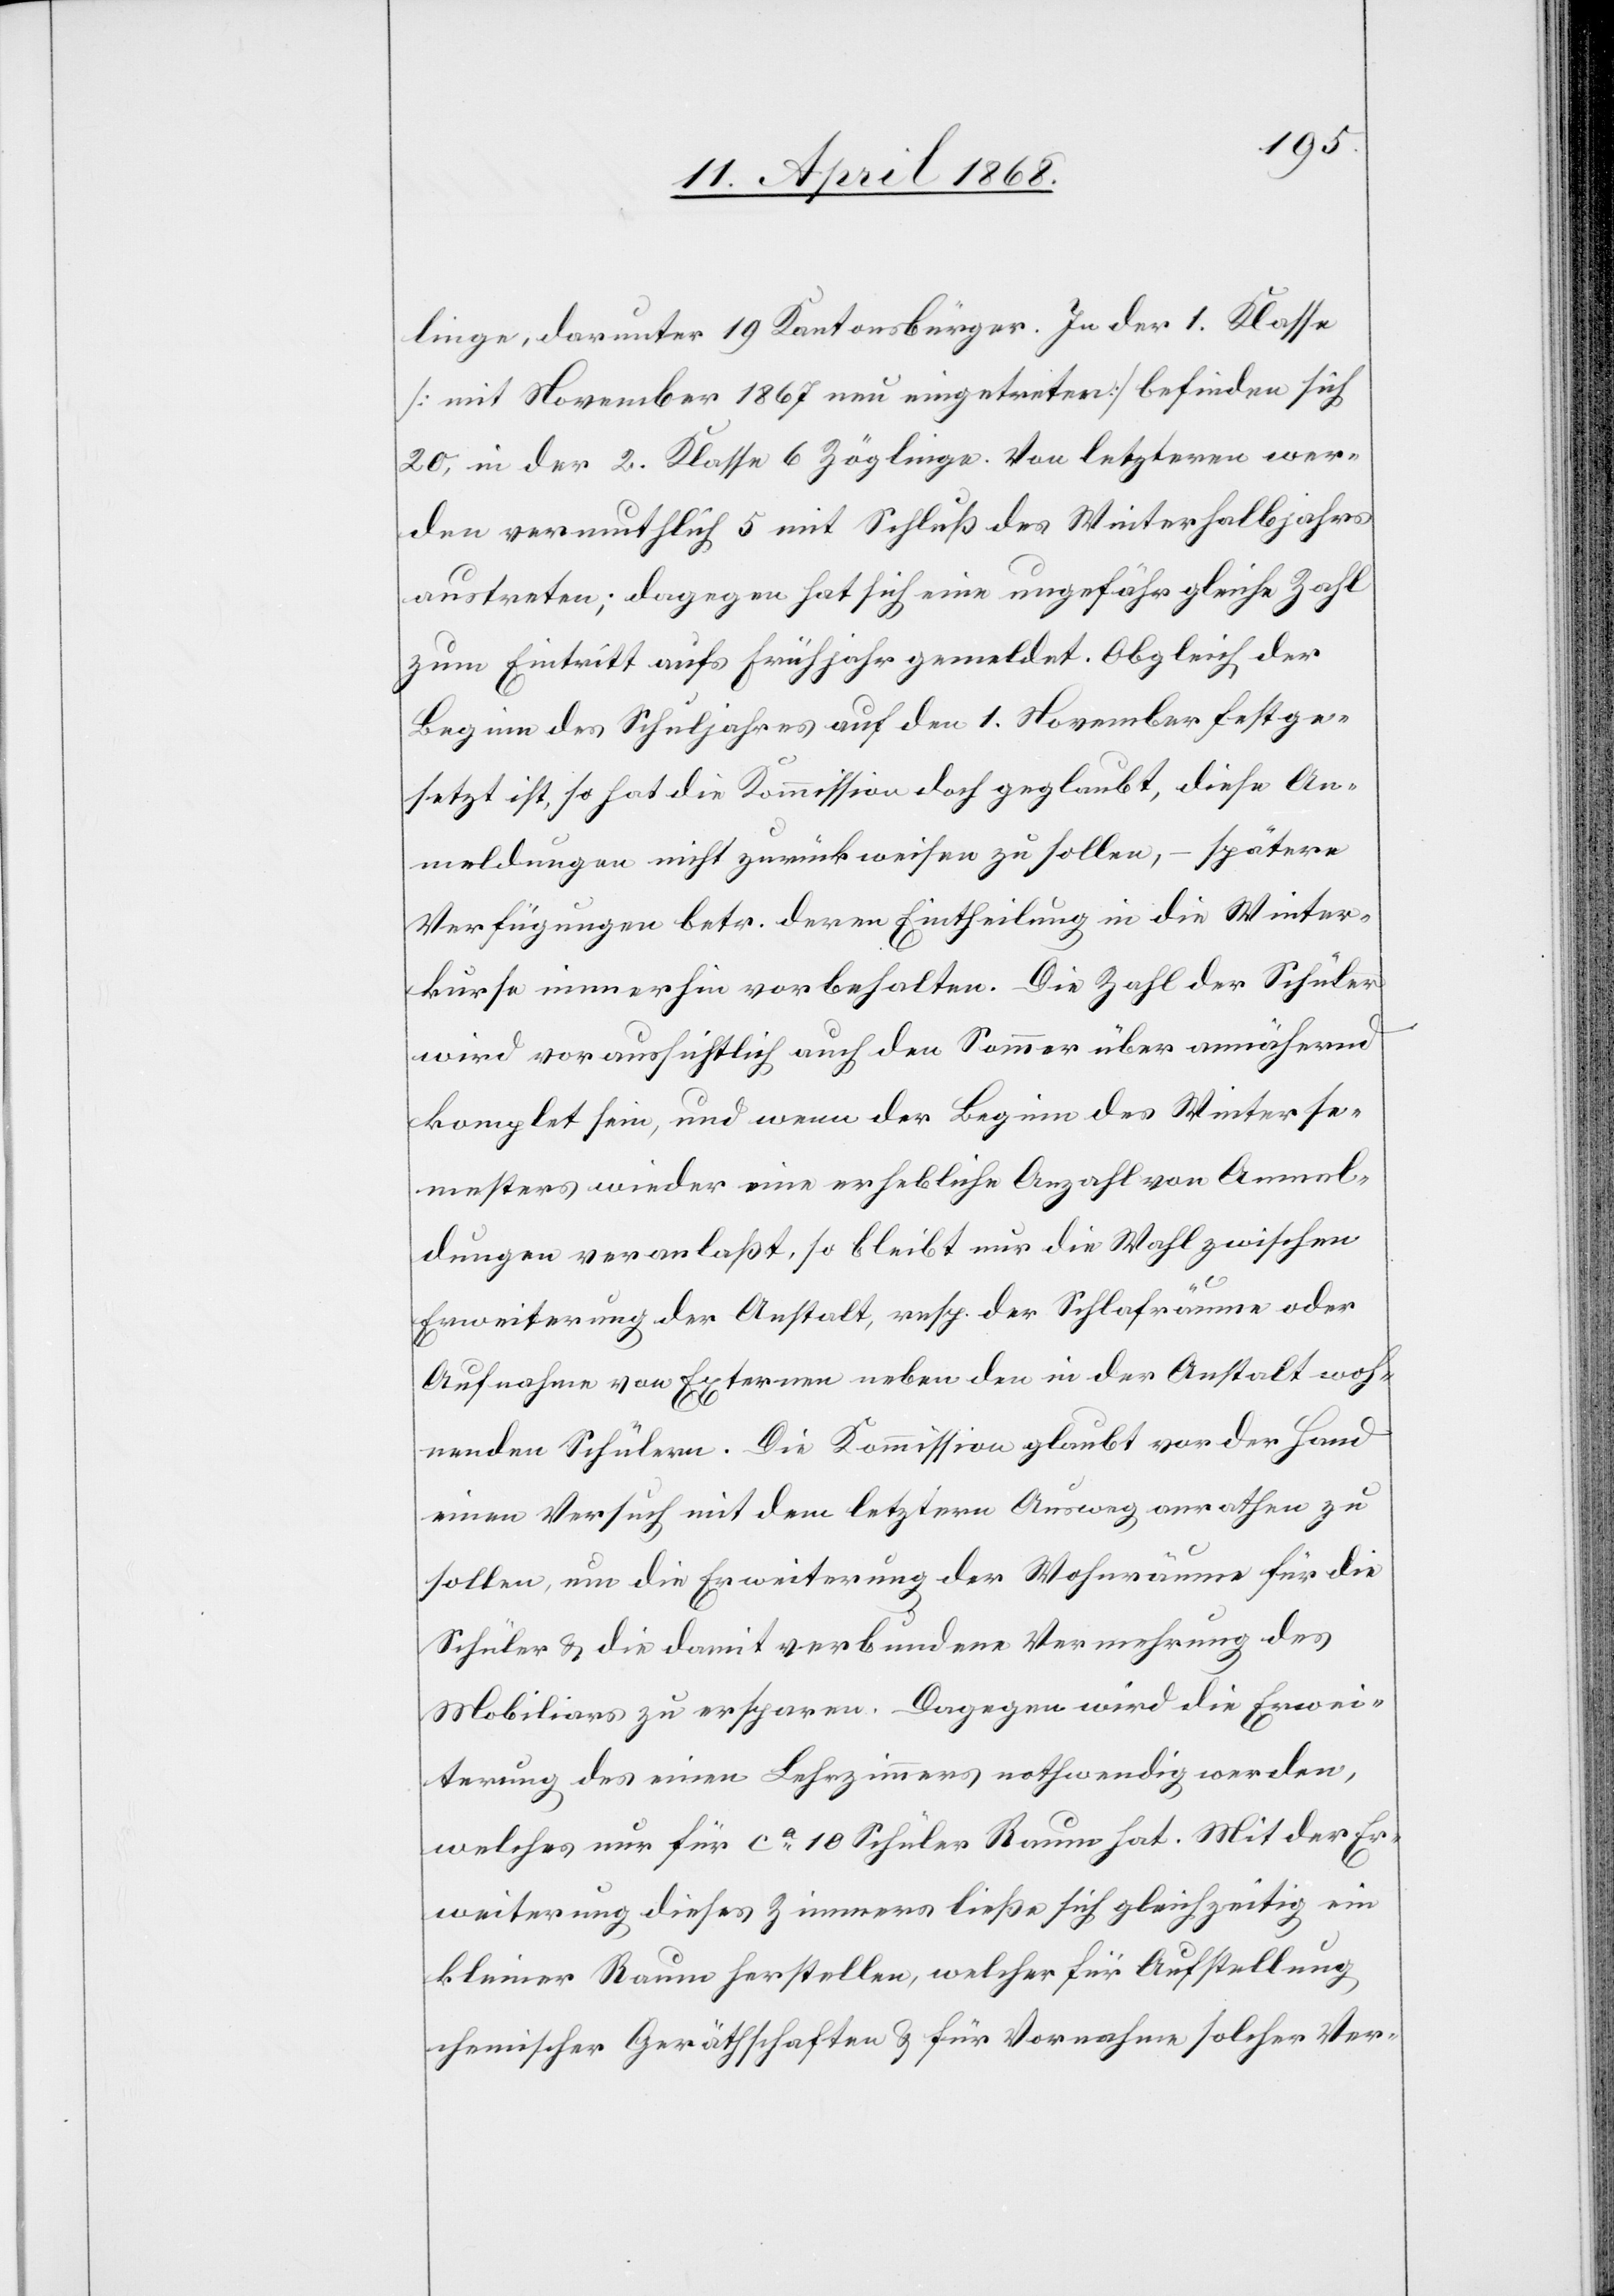
linge, darunter 19 Kantonsbürger. In der 1. Klasse
[mit November 1867 neu eingetreten] befinden sich
20, in der 2. Klasse 6 Zöglinge. Von letzteren wer¬
den vermuthlich 5 mit Schluß des Winterhalbjahrs
austreten; dagegen hat sich eine ungefähr gleiche Zahl
zum Eintritt aufs Frühjahr gemeldet. Obgleich der
Beginn des Schuljahres auf den 1. November festge¬
setzt ist, so hat die Kommission doch geglaubt, diese An¬
meldungen nicht zurückweisen zu sollen, – spätere
Verfügungen betr. deren Eintheilung in die Winter¬
kurse immerhin vorbehalten. Die Zahl der Schüler
wird voraussichtlich auch den Sommer über annähernd
komplet[t] sein, und wenn der Beginn des Winterse¬
mesters wieder eine erhebliche Anzahl von Anmel¬
dungen veranlaßt, so bleibt nur die Wahl zwischen
Erweiterung der Anstalt, resp. der Schlafräume oder
Aufnahme von Externen neben den in der Anstalt woh¬
nenden Schülern. Die Kommission glaubt vor der Hand
einen Versuch mit dem letztern Ausweg anrathen zu
sollen, um die Erweiterung der Wohnräume für die
Schüler & die damit verbundene Vermehrung des
Mobiliars zu ersparen. Dagegen wird die Erwei¬
terung des einen Lehrzimmers nothwendig werden,
welches nur für ca. 10 Schüler Raum hat. Mit der Er¬
weiterung dieses Zimmers ließe sich gleichzeitig ein
kleiner Raum herstellen, welcher für Aufstellung
chemischer Geräthschaften & für Vornahme solcher Ver-